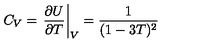
C _ { V } = \left. \frac { \partial U } { \partial T } \right| _ { V } = \frac { 1 } { ( 1 - 3 T ) ^ { 2 } }